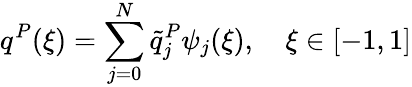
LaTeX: q^{P}(\xi)=\sum_{j=0}^{N}\tilde{q}_{j}^{P}\psi_{j}(\xi),\quad\xi\in[-1,1]